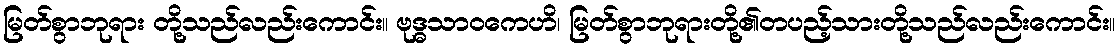
မြတ်စွာဘုရား တို့သည်လည်းကောင်း။ ဗုဒ္ဓသာဝကေဟိ၊ မြတ်စွာဘုရားတို့၏တပည့်သားတို့သည်လည်းကောင်း။